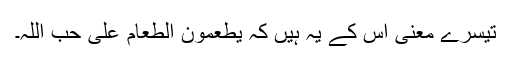
تیسرے معنی اِس کے یہ ہیں کہ یُطْعِمُوْنَ الطَّعَامَ عَلٰی حُبِّ اللّٰہِ۔